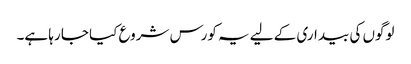
لوگوں کی بیداری کے لیے یہ کورس شروع کیا جا رہا ہے۔